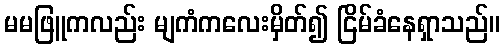
မမဖြူကလည်း မျကံကလေးမှိတ်၍ ငြိမ်ခံနေရှာသည်။